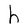
Character: h